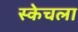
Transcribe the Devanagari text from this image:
स्केचला